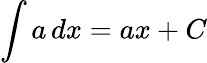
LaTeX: \int a\, dx=ax+C